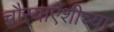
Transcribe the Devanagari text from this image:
चौर्‍याऐंशीच्या